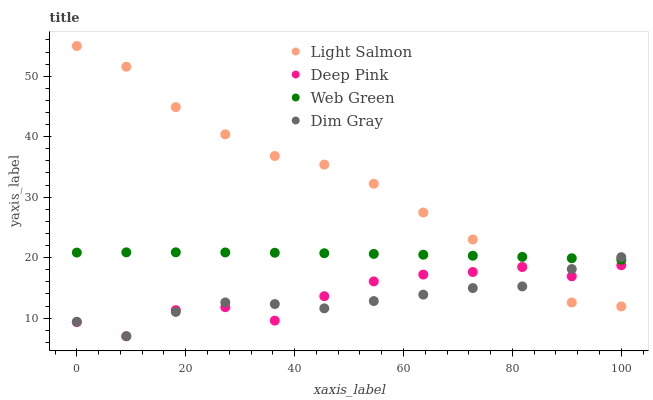
| xaxis_label | Light Salmon | Deep Pink | Web Green | Dim Gray |
 | --- | --- | --- | --- | --- |
 | 0 | 55 | 9.34 | 20.8 | 9.39 |
 | 9.09 | 51.6 | 7 | 20.9 | 7 |
 | 18.2 | 44.9 | 11.3 | 20.9 | 11 |
 | 27.3 | 40.4 | 11.8 | 20.9 | 12.6 |
 | 36.4 | 36.8 | 9.59 | 20.8 | 12.3 |
 | 45.5 | 35.4 | 13.6 | 20.7 | 11.6 |
 | 54.5 | 32.2 | 16.1 | 20.6 | 12.8 |
 | 63.6 | 27.5 | 17.2 | 20.5 | 13.9 |
 | 72.7 | 23 | 17.6 | 20.3 | 15 |
 | 81.8 | 18.5 | 18.5 | 20.1 | 15.2 |
 | 90.9 | 12.6 | 16.9 | 19.9 | 18.1 |
 | 100 | 11.9 | 18.7 | 19.7 | 20.1 |